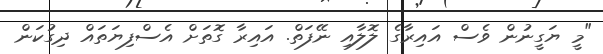
"މީ ޔަގީނުން ވެސް އައިރާގެ ލޮލާއި ނޭފަތް. އައިރާ ގޮތަށް އެސްފިޔަތައް ދިގުކަން